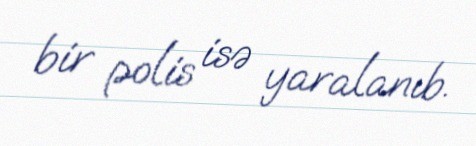
bir polis isə yaralanıb.